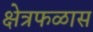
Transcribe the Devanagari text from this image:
क्षेत्रफळास